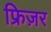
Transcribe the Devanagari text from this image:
फ्रिज़र